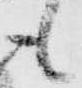
も